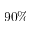
9 0 \%